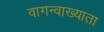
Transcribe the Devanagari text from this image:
वागन्वाख्याता